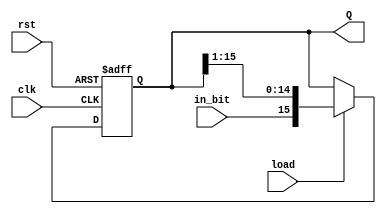
//==================================================================================================
//  Revision      :
//  Company       : Instituto Tecnologico de Costa Rica
//
//  Description   : This is a parameterized shift register.
//
//
//==================================================================================================
`timescale 1ns / 1ps

module ShiftRegister
  # (parameter W = 16)
  (
    input wire clk, //system clock
    input wire rst, //system reset
    input wire load, //load signal
    input wire in_bit, //input signal
    output reg [W-1:0] Q //output signal
    );

  always @(posedge clk, posedge rst)
    if(rst)
      Q <= 0;
    else if(load)
      Q <= {in_bit, Q[W-1:1]};
    else
      Q <= Q;

endmodule